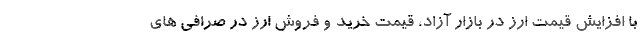
با افزایش قیمت ارز در بازار آزاد، قیمت خرید و فروش ارز در صرافی های